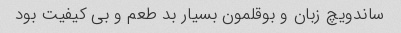
ساندویچ زبان و بوقلمون بسیار بد طعم و بی کیفیت بود